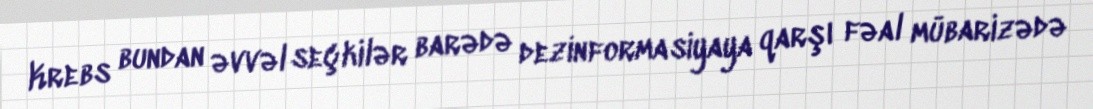
Krebs bundan əvvəl seçkilər barədə dezinformasiyaya qarşı fəal mübarizədə